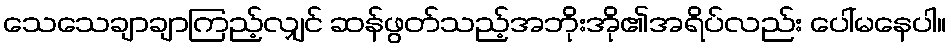
သေသေချာချာကြည့်လျှင် ဆန်ဖွတ်သည့်အဘိုးအို၏အရိပ်လည်း ပေါ်မနေပါ။